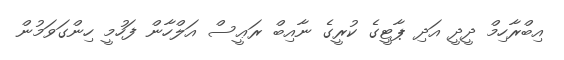
އިބްރާހިމް ދީދީ އަދި ޕާޓީގެ ކުރީގެ ނާއިބް ރަޢީސް އަލްހާން ފަހުމީ ހިންގަވަމުން